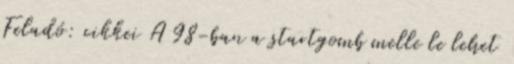
Feladó: cikkei A 98-ban a startgomb melle le lehet